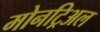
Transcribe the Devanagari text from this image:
मोनट्रिअल